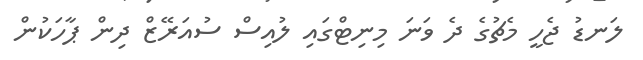
ލަނޑު ޖެހީ މެޗުގެ ދެ ވަނަ މިނިޓްގައި ލުއިސް ސުއަރޭޒް ދިން ޕާހަކުން